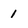
Character: 1